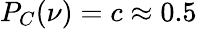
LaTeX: P_{C}(\nu)=c\approx 0.5